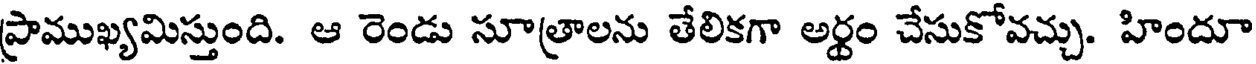
ప్రాముఖ్యమిస్తుంది. ఆ రెండు సూత్రాలను తేలికగా అర్ధం చేసుకోవచ్చు. హిందూ